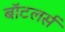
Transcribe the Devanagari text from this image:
बॉटलर्स